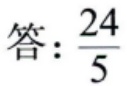
答：\(\frac{24}{5}\)